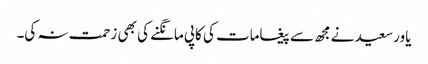
یاور سعید نے مجھ سے پیغامات کی کاپی مانگنے کی بھی زحمت نہ کی۔